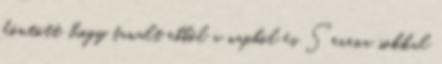
döntött, hogy tanult ebből a napból és Serena sokkal